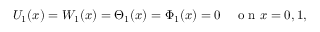
U _ { 1 } ( x ) = W _ { 1 } ( x ) = \Theta _ { 1 } ( x ) = \Phi _ { 1 } ( x ) = 0 \quad \mathrm { ~ o ~ n ~ } x = 0 , 1 ,